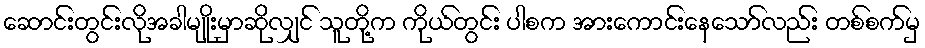
ဆောင်းတွင်းလိုအခါမျိုးမှာဆိုလျှင် သူတို့က ကိုယ်တွင်း ပါစက အားကောင်းနေသော်လည်း တစ်စက်မှ